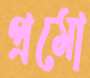
প্রমো